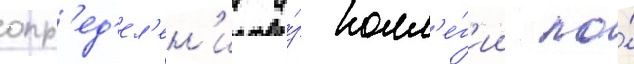
опр'ед'ел'ен'ии и́з колл'е́г'ии по́